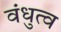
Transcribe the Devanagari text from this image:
वंधुत्व